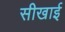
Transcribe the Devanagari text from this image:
सीखाई